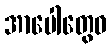
အာပေါတွေဝ